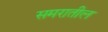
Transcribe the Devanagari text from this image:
समरातील